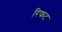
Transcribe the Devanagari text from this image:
रिफट